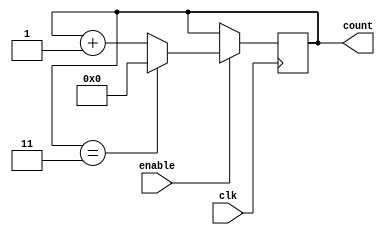
module ModuloN_Up_Counter
(
input wire clk,
input wire enable,
output reg [N-1:0] count
);

parameter N = 4; // specify modulo-N value

always @(posedge clk)
begin
 if(enable)
   begin
     if(count == N-1)
       count <= 0;
     else
       count <= count + 1;
   end
end

endmodule